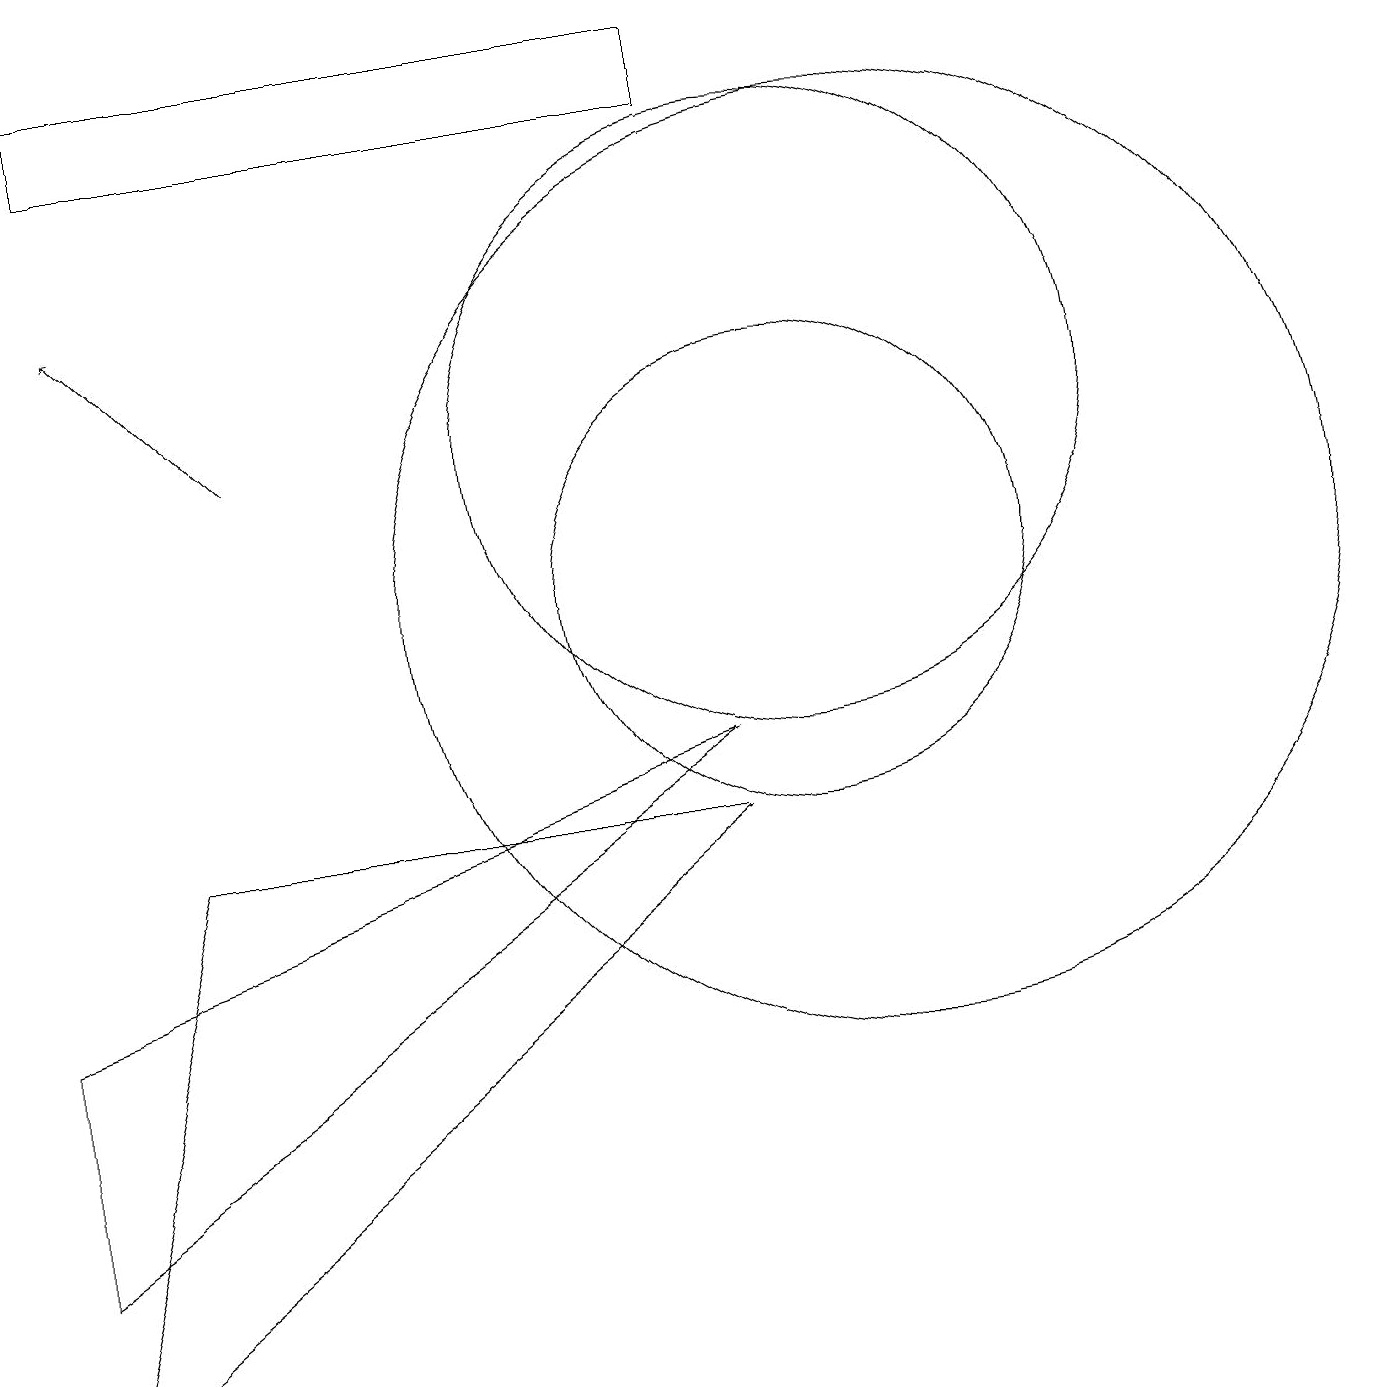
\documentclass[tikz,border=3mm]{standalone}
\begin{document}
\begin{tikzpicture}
\draw (9,17) rectangle (1,16);
\draw[->] (3,12) -- (1,14);
\draw (9,7) -- (2,7) -- (0,0) -- cycle;
\draw (0,2) -- (0,5) -- (9,8) -- cycle;
\draw (10,10) circle (3);
\draw (10,12) circle (4);
\draw (11,10) circle (6);
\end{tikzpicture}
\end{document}